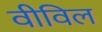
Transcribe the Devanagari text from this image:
वीविल